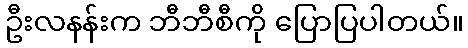
ဦးလနန်းက ဘီဘီစီကို ပြောပြပါတယ်။